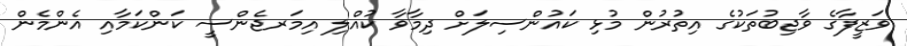
ވަޒީފާގެ ވާޖިބުތަކުގެ އިތުރުން މުޅި ކައުންސިލަށް ދިމާވާ ކުއްލި އިމަރޖެންސީ ކަންކަމާއި އެންމެން